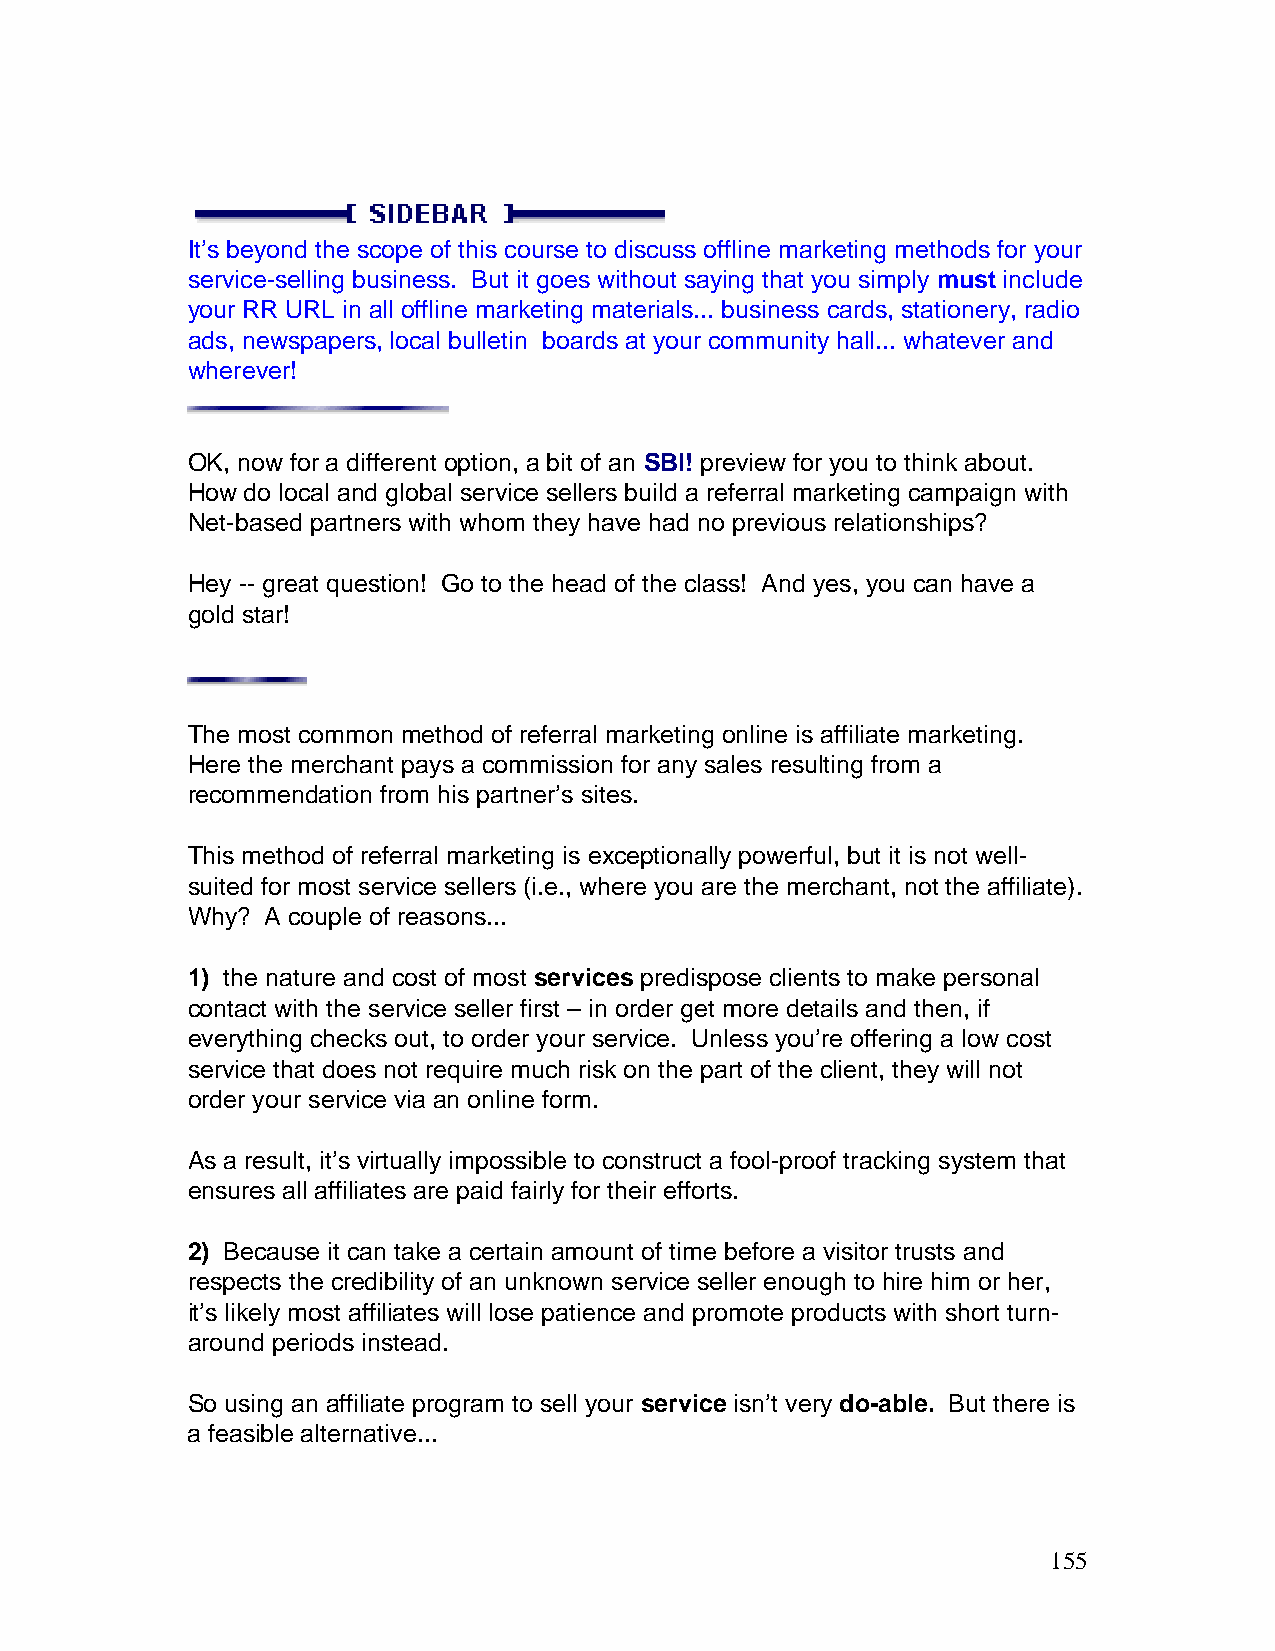
It’s beyond the scope of this course to discuss offline marketing methods for your
 service-selling business. But it goes without saying that you simply must include
 your RR URL in all offline marketing materials... business cards, stationery, radio
 ads, newspapers, local bulletin boards at your community hall... whatever and
 wherever!
 OK, now for a different option, a bit of an SBI! preview for you to think about.
 How do local and global service sellers build a referral marketing campaign with
 Net-based partners with whom they have had no previous relationships?
 Hey -- great question! Go to the head of the class! And yes, you can have a
 gold star!
 The most common method of referral marketing online is affiliate marketing.
 Here the merchant pays a commission for any sales resulting from a
 recommendation from his partner’s sites.
 This method of referral marketing is exceptionally powerful, but it is not well-
 suited for most service sellers (i.e., where you are the merchant, not the affiliate).
 Why?  A couple of reasons...
 1) the nature and cost of most services predispose clients to make personal
 contact with the service seller first – in order get more details and then, if
 everything checks out, to order your service. Unless you’re offering a low cost
 service that does not require much risk on the part of the client, they will not
 order your service via an online form.
 As a result, it’s virtually impossible to construct a fool-proof tracking system that
 ensures all affiliates are paid fairly for their efforts.
 2) Because it can take a certain amount of time before a visitor trusts and
 respects the credibility of an unknown service seller enough to hire him or her,
 it’s likely most affiliates will lose patience and promote products with short turn-
 around periods instead.
 So using an affiliate program to sell your service isn’t very do-able. But there is
 a feasible alternative...
 155